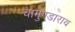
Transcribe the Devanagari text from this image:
चामुण्डाराय